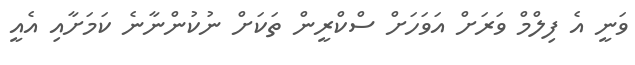
ވަނީ އެ ފިލްމް ވަރަށް އަވަހަށް ސްކްރީން ތަކަށް ނުކުންނާނެ ކަމަށާއި އެއީ